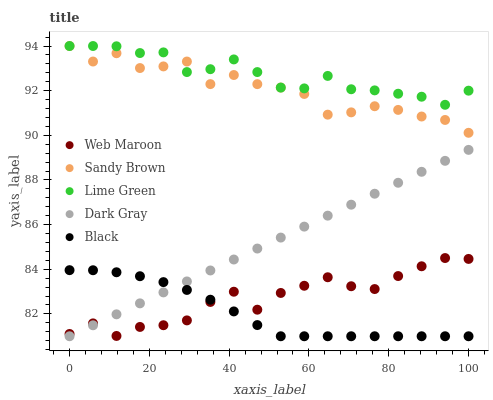
| xaxis_label | Web Maroon | Sandy Brown | Lime Green | Dark Gray | Black |
 | --- | --- | --- | --- | --- | --- |
 | 0 | 81.1 | 94 | 94 | 81 | 84 |
 | 5.88 | 81.6 | 93.3 | 94 | 81.5 | 84 |
 | 11.8 | 81 | 93.7 | 94 | 82 | 83.9 |
 | 17.6 | 81.4 | 93 | 93.7 | 82.5 | 83.7 |
 | 23.5 | 81.5 | 93.1 | 93.7 | 83 | 83.4 |
 | 29.4 | 81.7 | 93.3 | 92.8 | 83.5 | 83.1 |
 | 35.3 | 82.5 | 92.3 | 93 | 83.9 | 82.6 |
 | 41.2 | 83 | 92.7 | 93.4 | 84.4 | 82.1 |
 | 47.1 | 82.2 | 92.3 | 92.8 | 84.9 | 81.5 |
 | 52.9 | 82.9 | 92.1 | 92.1 | 85.4 | 81 |
 | 58.8 | 83.3 | 91.9 | 92.1 | 85.9 | 81 |
 | 64.7 | 83.6 | 90.9 | 92.7 | 86.4 | 81 |
 | 70.6 | 83.2 | 91 | 92.1 | 86.9 | 81 |
 | 76.5 | 83.1 | 91.3 | 92 | 87.4 | 81 |
 | 82.4 | 83.7 | 91.1 | 91.9 | 87.9 | 81 |
 | 88.2 | 84.1 | 90.8 | 91.7 | 88.4 | 81 |
 | 94.1 | 84.5 | 90.7 | 91.4 | 88.9 | 81 |
 | 100 | 84.5 | 90.1 | 92 | 89.3 | 81 |